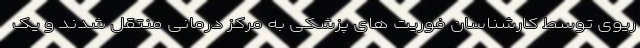
ریوی توسط کارشناسان فوریت های پزشکی به مرکز درمانی منتقل شدند و یک